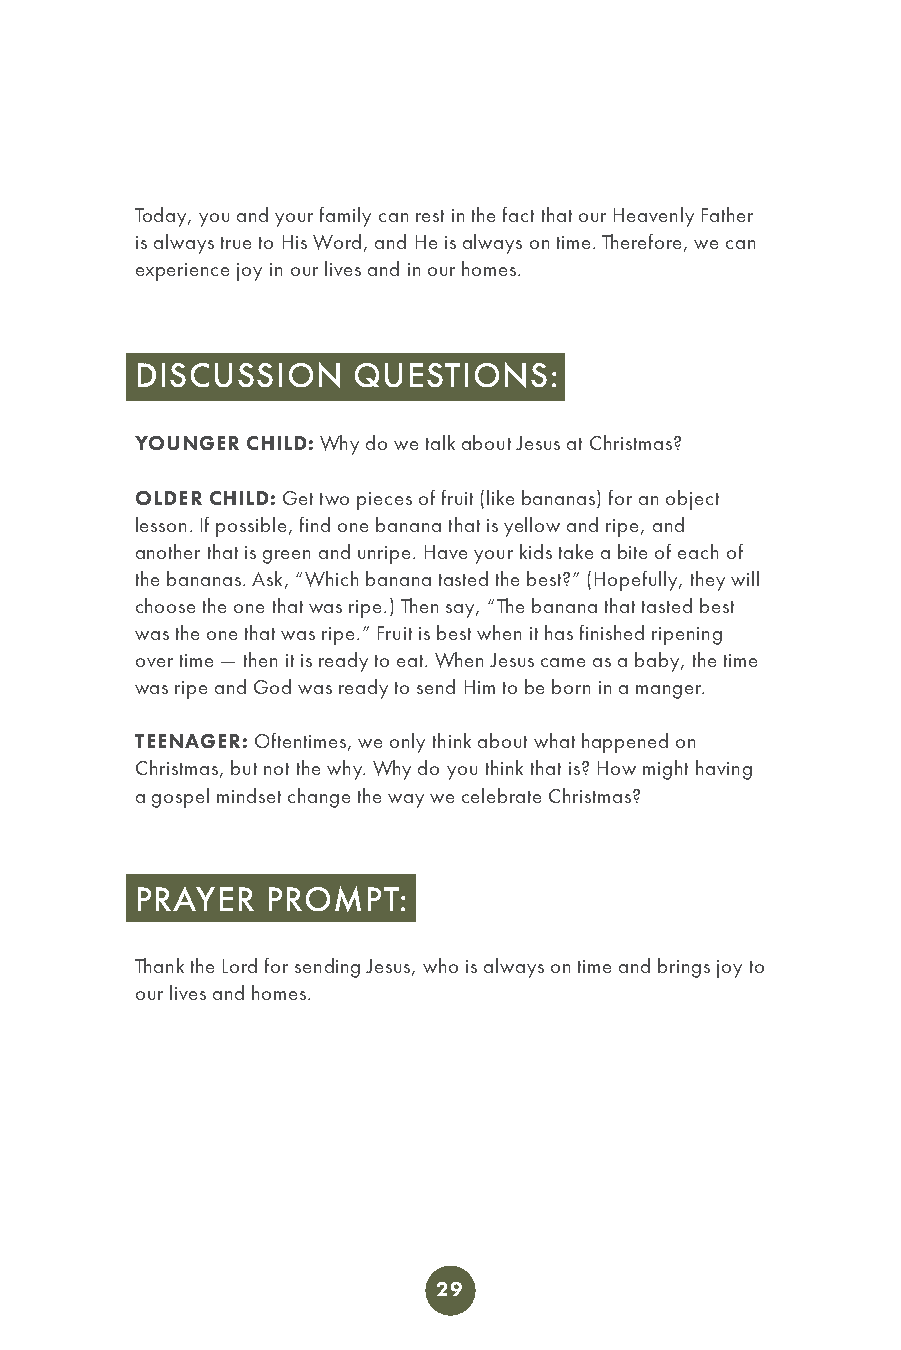
Today, you and your family can rest in the fact that our Heavenly Father
 is always true to His Word, and He is always on time. Therefore, we can
 experience joy in our lives and in our homes.
 DISCUSSION    QUESTIONS:
 YOUNGER CHILD: Why do we talk about Jesus at Christmas?
 OLDER CHILD: Get two pieces of fruit (like bananas) for an object
 lesson. If possible, find one banana that is yellow and ripe, and
 another that is green and unripe. Have your kids take a bite of each of
 the bananas. Ask, “Which banana tasted the best?” (Hopefully, they will
 choose the one that was ripe.) Then say, “The banana that tasted best
 was the one that was ripe.” Fruit is best when it has finished ripening
 over time — then it is ready to eat. When Jesus came as a baby, the time
 was ripe and God was ready to send Him to be born in a manger.
 TEENAGER: Oftentimes, we only think about what happened on
 Christmas, but not the why. Why do you think that is? How might having
 a gospel mindset change the way we celebrate Christmas?
 PRAYER   PROMPT:
 Thank the Lord for sending Jesus, who is always on time and brings joy to
 our lives and homes.
 29